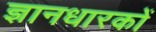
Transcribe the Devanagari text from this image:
ज्ञानधारकों